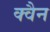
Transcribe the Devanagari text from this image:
क्वैन